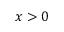
x > 0